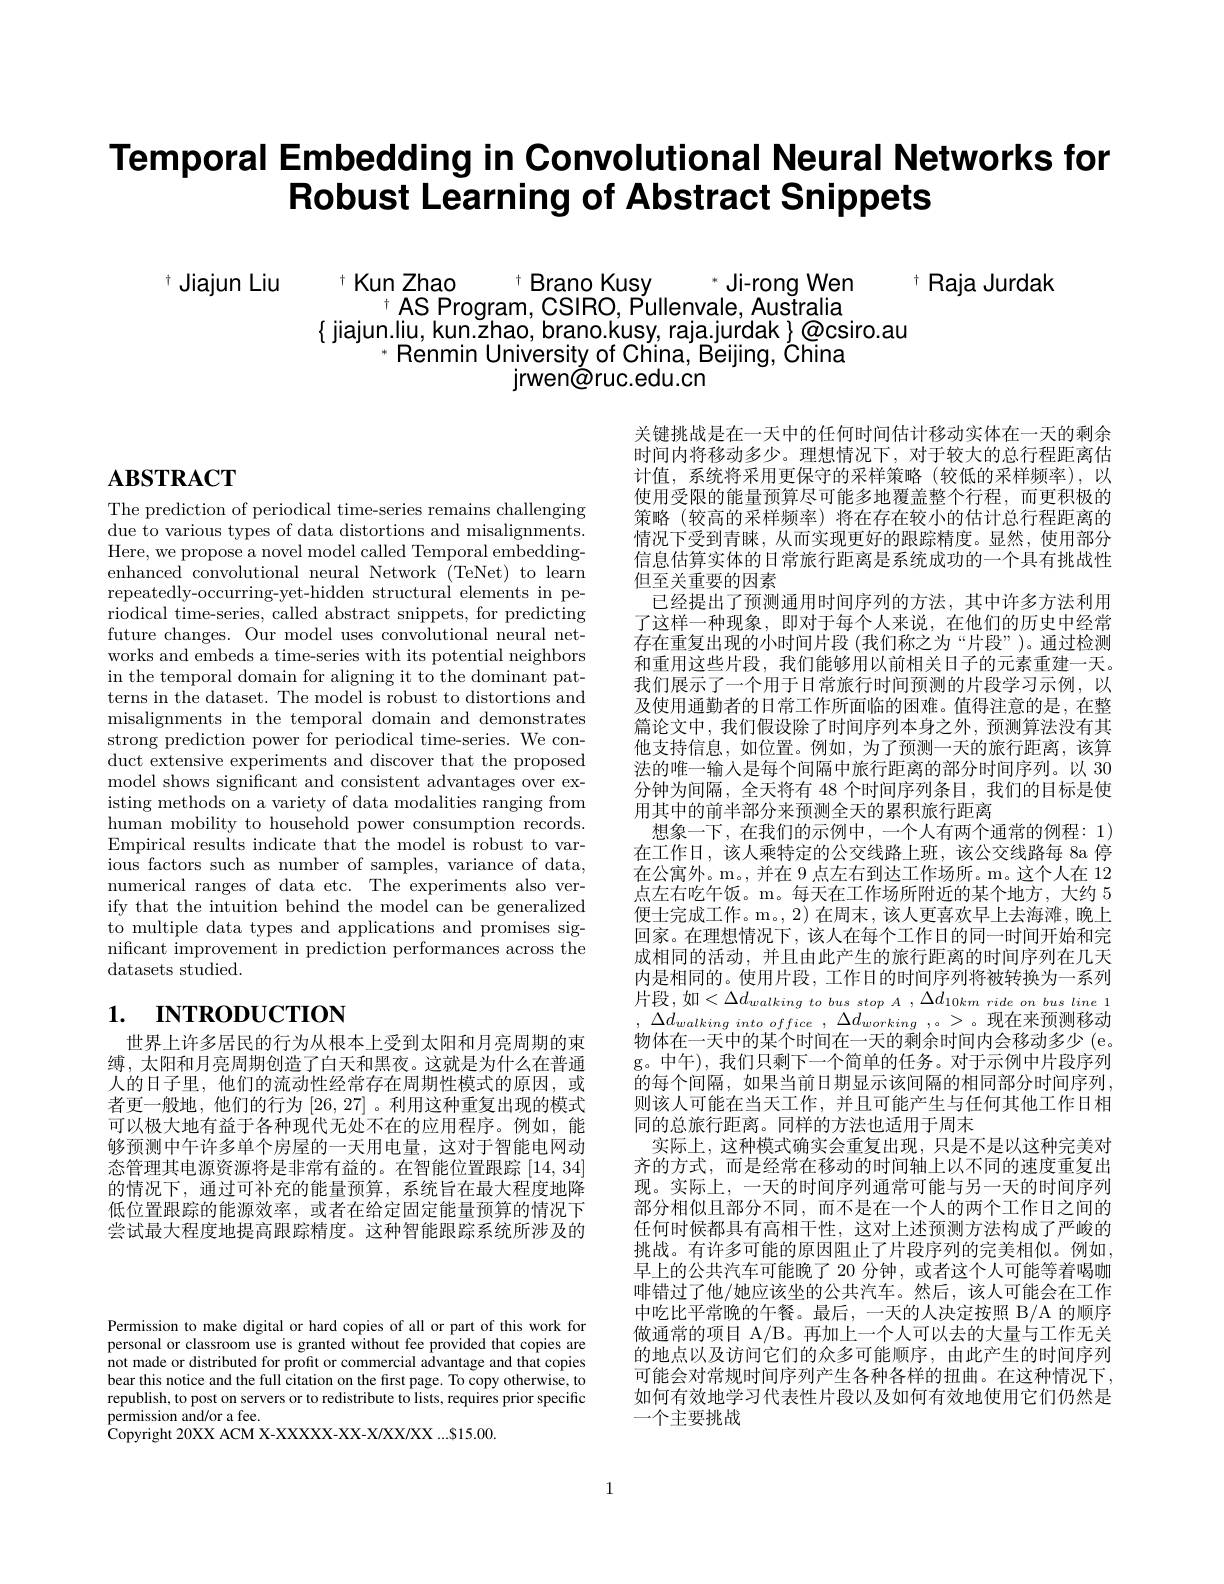
# Temporal Embedding in Convolutional Neural Networks for $\textbf{Robust Learning of Abstract Snippets}$

t Jiajun Liu

t Kun Zhao t Brano Kusy
$^{*}$Ji-rong Wen
$^{+}$ Raja Jurdak
$^{+}$ AS Program, CSIRO, Pú
$\{$ jiajun.liu, kun.žhao, br
$^{*}$ Renmin University of
jrwen@ruc.edu.cn

# $\mathbf{ABSTRACT}$

The prediction of periodical time-series remains challenging due to various types of data distortions and misalignments. Here, we propose a novel model called Temporal embeddingenhanced convolutional neural Network (TeNet) to learn repeatedly-occurring-yet-hidden structural elements in periodical time-series, called abstract snippets, for predicting future changes. Our model uses convolutional neural networks and embeds a time-seri in the temporal domain for a terns in the dataset. The mo misalignments in the tempora strong prediction power for duct extensive experiments a model shows significant and isting methods on a variety human mobility to household power consumption records. Empirical results indicate that the model is robust to various factors such as number of samples, variance of data, numerical ranges of data etc. The experiments also verify that the intuition behind the model can be generalized to multiple data types and applications and promises significant improvement in prediction performances across the datasets studied.

# 1. INTRODUCTION

世界上许多居民的行为从根本上受到太阳和月亮周期的束缚，太阳和月亮周期创造了白天和黑夜。这就是为什么在普通人的日子里，他们的流动性经常存在周期性模式的原因，或者更一般地，他们的行为[26,27] 。利用这种重可以极大地有益于各种现代无处不在的应用程序。例如，能够预测中午许多单个房屋的一天用电量，这对于智能电网动态管理其电源资源将是非常有益的。在智能位置跟踪[14的情况下，通过可补充的能量预算，系统旨在最大程度地降低位置跟踪的能源效率，或者在给定固定能量预算的情况下尝试最大程度地提高跟踪精度。这种智能跟踪系统所涉及的

关键挑战是在一天中的任何时间估计移动实体在一天的剩余时间内将移动多少。理想情况下，对于较大的总行程距离估计值，系统将采用更保守的采样策略(较低的采样频率),以使用受限的能量预算尽可能多地覆盖整个行程，而更积极的策略 (较高的采样频率) 将在存在较小的估计总行程距离的情况下受到青睐，从而实现更好的跟踪精度。显然，使用部分信息估算实体的日常旅行距离是系统成功的一个具有挑战性但至关重要的因素
已经提出了预测通用时间序列的方法，其中许多方法利用了这样一种现象，即对于每个人来说，在他们的历史中经常存在重复出现的小时间片段 (我们称之为“片段”)。通过检和重用这些片段，我们能够用以前相关日子的元素重建一天。我们展示了一个用于日常旅行时间预测的片段学习示例，以及使用通勤者的日常工作所面临的困难。值得注意的是，在整篇论文中，我们假设除了时间序列本身之外，预测算法没有其他支持信息，如位置。例如，为了预测一天的旅行距离，该算法的唯一输入是每个间隔中旅行距离的部分时间序列。以 30分钟为间隔，全天将有 48 个时间序列条目，我们的目标是使用其中的前半部分来预测全天的累积旅行距离
想象一下，在我们的示例中，一个人有两个通常的例程：1) 在工作日，该人乘特定的公交线路上班，该公交线路每 8a 停在公寓外。m。, 并在 9 点左右到达工作场所。m。这个点左右吃午饭。m。每天在工作场所附近的某个地方，大约 5便士完成工作。m。, 2) 在周末，该人更喜欢早上去海回家。在理想情况下，该人在每个工作日的同一时间开始和完成相同的活动，并且由此产生的旅行距离的时间序列在几天内是相同的。使用片段，工作日的时间序列将被转换为一系列$\begin{aligned}\text{片段，如}<\Delta d_{walking~to~bus~}\end{aligned}$ $\Delta d_{walking\:into\:office}$ , 物体在一天中的某个时间在一天的剩余时间内会移动多少 (e。pret L ( 1 时 不 ), 我 们 只 剩 下 一 个 简 单 的 任 务 。对 于 示 例 中 片 段 序 列 g。中 午 ) , 我 们 只 剩 下 一 个 简 单 的 任 务 。对 于 示 例 中 片 段 序 列 ( 1 )= 1 1 1 1 1 1 1 1 1 1 1 1 1 1 1 1 1 1 1 1 1 1 1 1的每个间隔，如果当前日期显示该间隔的相同部分时间序列， 则该人可能在当天工作，并且可能产生与任何其他工作日相同的总旅行距离。同样的方法也适用于周末
实际上，这种模式确实会重复出现，只是不是以这种完美对齐的方式，而是经常在移动的时间轴上以不同的速度重复出现。实际上，一天的时间序列通常可能与另一天的时间序列部分相似且部分不同，而不是在一个人的两个工作日之间的任何时候都具有高相干性，这对上述预测方法构成了严峻的挑战。有许多可能的原因阻止了片段序列的完美相似。例如， 早上的公共汽车可能晚了 20 分钟，或者这个人可能等着喝啡错过了他/她应该坐的公共汽车。然后，该人可能会在工作中吃比平常晚的午餐。最后，一天的人决定按照 B/A 的顺做通常的项目 A/B。再加上一个人可以去的大量与工作无关的地点以及访问它们的众多可能顺序，由此产生的时间序列可能会对常规时间序列产生各种各样的扭曲。在这种情况下， 如何有效地学习代表性片段以及如何有效地使用它们仍然是一个主要挑战

Permission to make digital or hard copies of all or part of this work for personal or classroom use is granted without fee provided that copies are not made or distributed for profit or commercial advantage and that copies bear this notice and the full citation on the first page. To copy otherwise, to republish, to post on servers or to redistribute to lists, requires prior specific permission and/or a fee.
Copyright 20XX ACM X-XXXXX-X

1